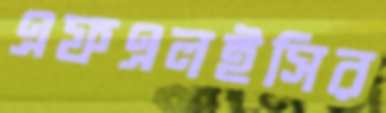
এফএলইসির